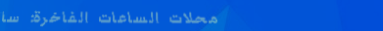
محلات الساعات الفاخرة: سا